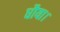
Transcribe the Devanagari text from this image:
धौया।